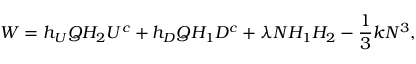
W = h _ { U } Q H _ { 2 } U ^ { c } + h _ { D } Q H _ { 1 } D ^ { c } + \lambda N H _ { 1 } H _ { 2 } - \frac { 1 } { 3 } k N ^ { 3 } ,